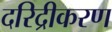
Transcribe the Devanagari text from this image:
दरिद्रीकरण